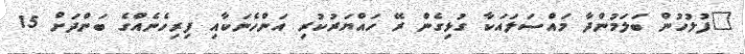
"ފުލުހުން ބަލަމުންދާ މައްސަލައަކާ ގުޅިގެން ރޭ ހައްޔަރުކުރި އަންހެނަކާއި ފިރިހެނެއްގެ ބަންދަށް 15